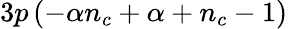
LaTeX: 3p\left(-\alpha n_{c}+\alpha+n_{c}-1\right)